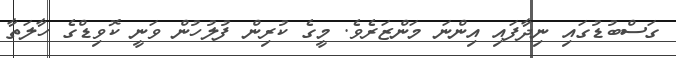
ގަސްބުޑުގައި ނިދާފައި އިންނަ މަންޒަރެވެ. މީގެ ކުރިން ފުލުހުން ވަނީ ކޮވިޑްގެ ހާލަތާ